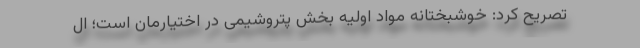
تصریح کرد: خوشبختانه مواد اولیه بخش پتروشیمی در اختیارمان است؛ ال